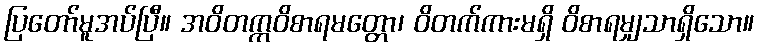
ပြတော်မူအပ်ပြီ။ အဝိတက္ကဝိစာရမတ္တော၊ ဝိတက်ကားမရှိ ဝိစာရမျှသာရှိသော။